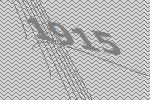
1915